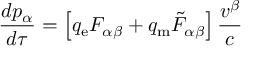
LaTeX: { \frac { d p _ { \alpha } } { d \tau } } = \left[ q _ { \mathrm { e } } F _ { \alpha \beta } + q _ { \mathrm { m } } { { \tilde { F } } _ { \alpha \beta } } \right] { \frac { v ^ { \beta } } { c } }